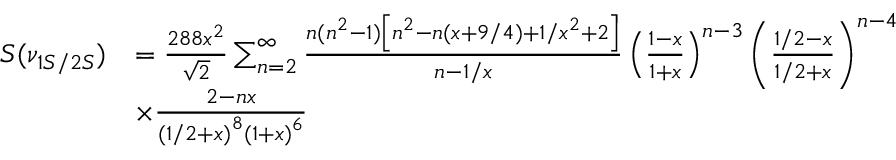
\begin{array} { r l } { S ( \nu _ { 1 S / 2 S } ) } & { = \frac { 2 8 8 x ^ { 2 } } { \sqrt { 2 } } \sum _ { n = 2 } ^ { \infty } \frac { n ( n ^ { 2 } - 1 ) \left[ n ^ { 2 } - n ( x + 9 / 4 ) + 1 / x ^ { 2 } + 2 \right] } { n - 1 / x } \left( \frac { 1 - x } { 1 + x } \right) ^ { n - 3 } \left( \frac { 1 / 2 - x } { 1 / 2 + x } \right) ^ { n - 4 } } \\ & { \times \frac { 2 - n x } { \left( 1 / 2 + x \right) ^ { 8 } \left( 1 + x \right) ^ { 6 } } } \end{array}